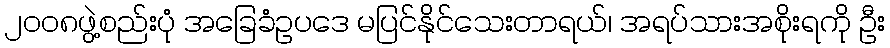
၂ဝဝ၈ဖွဲ့စည်းပုံ အခြေခံဥပဒေ မပြင်နိုင်သေးတာရယ်၊ အရပ်သားအစိုးရကို ဦး